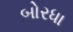
બોરધા